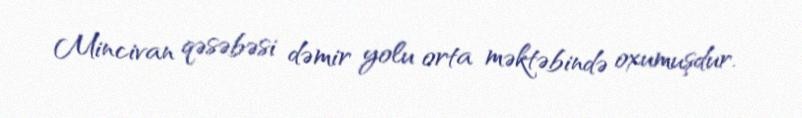
Mincivan qəsəbəsi dəmir yolu orta məktəbində oxumuşdur.